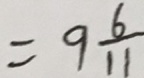
= 9 \frac { 6 } { 1 1 }